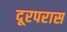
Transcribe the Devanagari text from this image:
दूरपरास